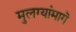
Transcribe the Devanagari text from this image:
मुलग्यांमागॆ